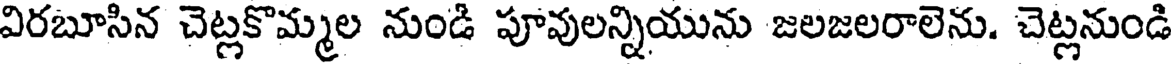
విరబూసిన చెట్లకొమ్మల నుండి పూవులన్నియును జలజలరాలెను. చెట్లనుండి